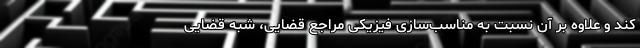
کند و علاوه بر آن نسبت به مناسب‌سازی فیزیکی مراجع قضایی، شبه قضایی